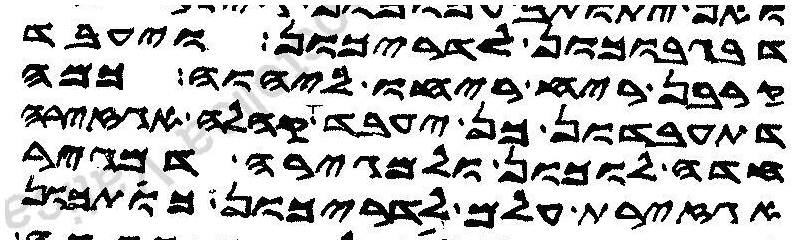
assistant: דבגבוכון לדריכון ויעבד
קרבן ריח ריחו ליהוה כמה
דתעבדון כן יעבד אה קהלה אגזירה
חדה לוכון ולגיורה דמגיר
אגזירת עלם לדריכון כותכון